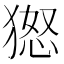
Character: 𱮐